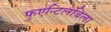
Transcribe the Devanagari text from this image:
फुएन्टिलबिला